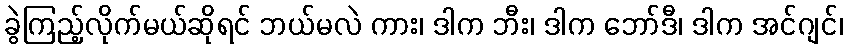
ခွဲကြည့်လိုက်မယ်ဆိုရင် ဘယ်မလဲ ကား၊ ဒါက ဘီး၊ ဒါက ဘော်ဒီ၊ ဒါက အင်ဂျင်၊